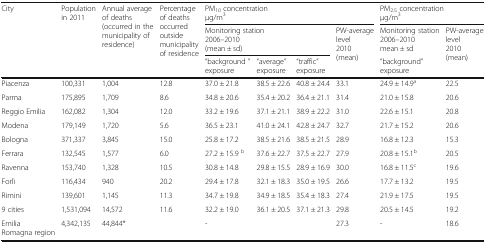
<table><thead><tr><td rowspan="3"><b>City</b></td><td rowspan="3"><b>Population in 2011</b></td><td rowspan="3"><b>Annual average of deaths (occurred in the municipality of residence)</b></td><td rowspan="3"><b>Percentage of deaths occurred outside municipality of residence</b></td><td colspan="4"><b>PM<sub>10</sub> concentrationμg/m<sup>3</sup></b></td><td colspan="2"><b>PM<sub>2.5</sub> concentrationμg/m<sup>3</sup></b></td></tr><tr><td colspan="3"><b>Monitoring station2006–2010(mean ± sd)</b></td><td rowspan="2"><b>PW-average level2010(mean)</b></td><td><b>Monitoring station2006–2010mean ± sd</b></td><td rowspan="2"><b>PW-average level2010(mean)</b></td></tr><tr><td><b>“background ” exposure</b></td><td><b>“average” exposure</b></td><td><b>“traffic” exposure</b></td><td><b>“background” exposure</b></td></tr></thead><tbody><tr><td>Piacenza</td><td>100,331</td><td>1,004</td><td>12.8</td><td>37.0 ± 21.8</td><td>38.5 ± 22.6</td><td>40.8 ± 24.4</td><td>33.1</td><td>24.9 ± 14.9<sup>a</sup></td><td>22.5</td></tr><tr><td>Parma</td><td>175,895</td><td>1,709</td><td>8.6</td><td>34.8 ± 20.6</td><td>35.4 ± 20.2</td><td>36.4 ± 21.1</td><td>31.4</td><td>21.0 ± 15.8</td><td>20.6</td></tr><tr><td>Reggio Emilia</td><td>162,082</td><td>1,304</td><td>12.0</td><td>33.2 ± 19.6</td><td>37.1 ± 21.1</td><td>38.9 ± 22.2</td><td>31.0</td><td>22.6 ± 15.1</td><td>20.8</td></tr><tr><td>Modena</td><td>179,149</td><td>1,720</td><td>5.6</td><td>36.5 ± 23.1</td><td>41.0 ± 24.1</td><td>42.8 ± 24.7</td><td>32.7</td><td>21.7 ± 15.2</td><td>20.6</td></tr><tr><td>Bologna</td><td>371,337</td><td>3,845</td><td>15.0</td><td>25.8 ± 17.2</td><td>38.5 ± 21.6</td><td>38.5 ± 21.5</td><td>28.9</td><td>16.8 ± 12.3</td><td>15.3</td></tr><tr><td>Ferrara</td><td>132,545</td><td>1,577</td><td>6.0</td><td>27.2 ± 15.9 <sup>b</sup></td><td>37.6 ± 22.7</td><td>37.5 ± 22.7</td><td>27.9</td><td>20.8 ± 15.1<sup>b</sup></td><td>20.5</td></tr><tr><td>Ravenna</td><td>153,740</td><td>1,328</td><td>10.5</td><td>30.8 ± 14.8</td><td>29.8 ± 15.5</td><td>28.9 ± 16.9</td><td>30.0</td><td>16.8 ± 11.5<sup>c</sup></td><td>19.6</td></tr><tr><td>Forlì</td><td>116,434</td><td>940</td><td>20.2</td><td>29.4 ± 17.8</td><td>32.1 ± 18.3</td><td>35.0 ± 19.5</td><td>26.6</td><td>17.7 ± 13.2</td><td>19.5</td></tr><tr><td>Rimini</td><td>139,601</td><td>1,145</td><td>11.3</td><td>34.7 ± 19.8</td><td>34.9 ± 18.5</td><td>35.4 ± 18.3</td><td>27.4</td><td>21.9 ± 17.5</td><td>19.5</td></tr><tr><td>9 cities</td><td>1,531,094</td><td>14,572</td><td>11.6</td><td>32.2 ± 19.0</td><td>36.1 ± 20.5</td><td>37.1 ± 21.3</td><td>29.8</td><td>20.5 ± 14.5</td><td>19.2</td></tr><tr><td>Emilia Romagna region</td><td>4,342,135</td><td>44,844*</td><td></td><td colspan="3">-</td><td>27.3</td><td>-</td><td>18.6</td></tr></tbody></table>